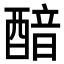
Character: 䤃